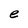
Character: e